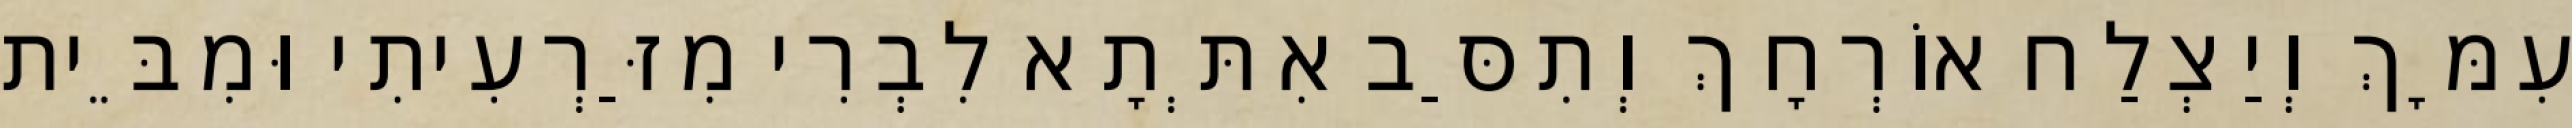
עִמָּךְ וְיַצְלַח אוֹרְחָךְ וְתִסַּב אִתְּתָא לִבְרִי מִזַּרְעִיתִי וּמִבֵּית